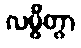
လမ္ဗိတွာ